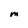
Character: M